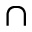
\cap